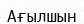
Ағылшын